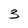
Character: 3